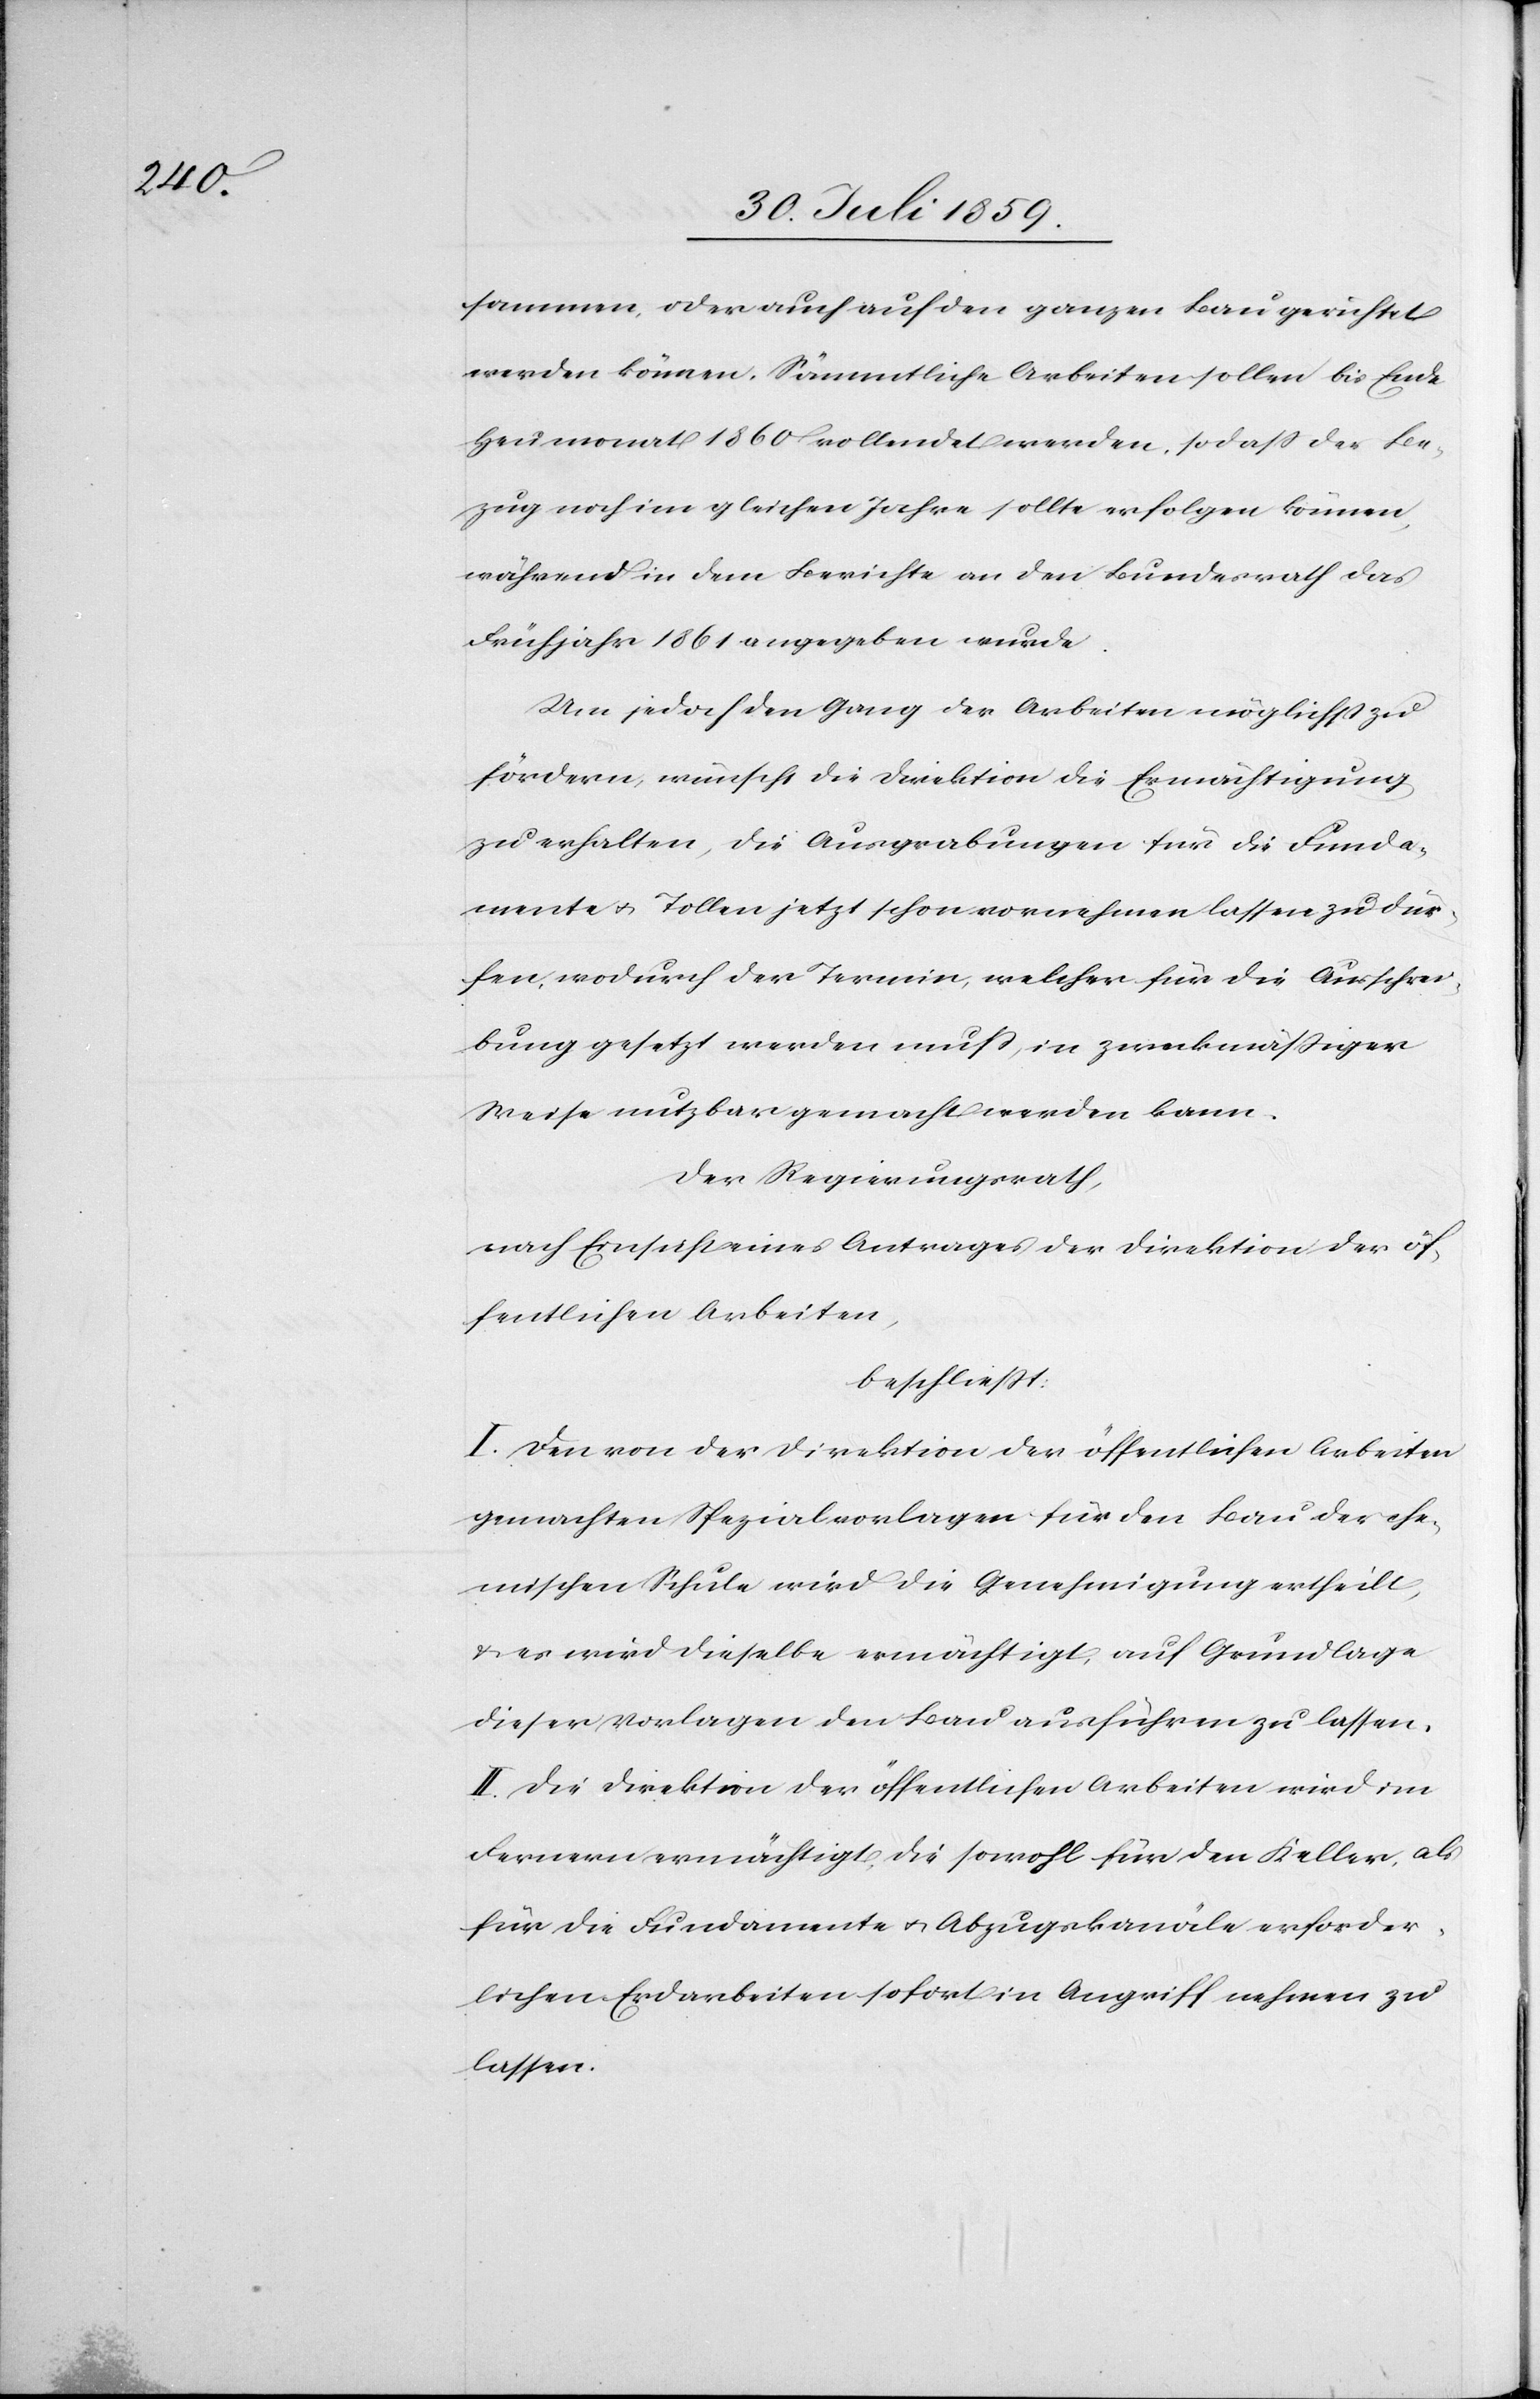
sammen, oder auch auf den ganzen Bau gerichtet
werden können. Sämmtliche Arbeiten sollen bis Ende
Heumonat 1860 vollendet werden, sodaß der Be¬
zug noch im gleichen Jahre sollte erfolgen können,
während in dem Berichte an den Bundesrath das
Frühjahr 1861 angegeben wurde.
Um jedoch den Gang der Arbeiten möglichst zu
fördern, wünscht die Direktion die Ermächtigung
zu erhalten, die Ausgrabungen für die Funda¬
mente u. Tollen jetzt schon vornehmen lassen zu dür¬
fen, wodurch der Termin, welcher für die Ausschrei¬
bung gesetzt werden muß, in zweckmäßiger
Weise nutzbar gemacht werden kann.
Der Regierungsrath,
nach Einsicht eines Antrages der Direktion der öf¬
fentlichen Arbeiten,
beschließt:
I. Den von der Direktion der öffentlichen Arbeiten
gemachten Spezialvorlagen für den Bau der che¬
mischen Schule wird die Genehmigung ertheilt,
u. es wird dieselbe ermächtigt, auf Grundlage
dieser Vorlagen den Bau ausführen zu lassen.
II. Die Direktion der öffentlichen Arbeiten wird im
Fernern ermächtigt, die sowohl für den Keller, als
für die Fundamente u. Abzugskanäle erforder¬
lichen Erdarbeiten sofort in Angriff nehmen zu
lassen.